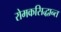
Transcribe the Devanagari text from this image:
रोमकसिद्धान्त